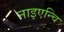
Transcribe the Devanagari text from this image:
नाइएन्चि